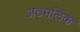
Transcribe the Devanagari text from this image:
अठमलिक